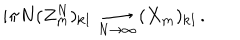
i \pi N ( Z _ { \bf m } ^ { N } ) _ { \bf k l } \, \mathop { \longrightarrow } _ { N \rightarrow \infty } \, ( X _ { \bf m } ) _ { \bf k l } \, .